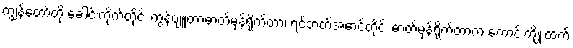
ကျွန်တော်တို့ ခေါင်းကိုက်တိုင်း ကွန်ပျူတာဓာတ်မှန်ရိုက်တာ၊ ရင်ဘတ်အောင့်တိုင်း ဓာတ်မှန်ရိုက်တာက ကောင်းကျိုးထက်